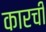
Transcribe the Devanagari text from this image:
कारची